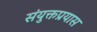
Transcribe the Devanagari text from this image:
संयुक्तप्रयास